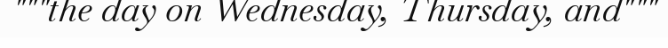
"""the day on Wednesday, Thursday, and"""